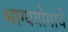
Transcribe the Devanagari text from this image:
भाग्ययोगाचे